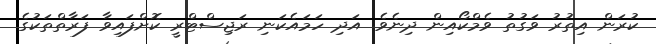
ކުރަން އިތުރު ވަގުތު ވެމްކޯއިން ދިނެވެ. އަދި ހަމައެކަނި ރަޖިސްޓްރީ ކޮށްފައިވާ ފަރާތްތަކުގެ